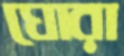
ঘোরা